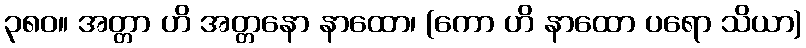
၃၈၀။ အတ္တာ ဟိ အတ္တနော နာထော၊ (ကော ဟိ နာထော ပရော သိယာ)